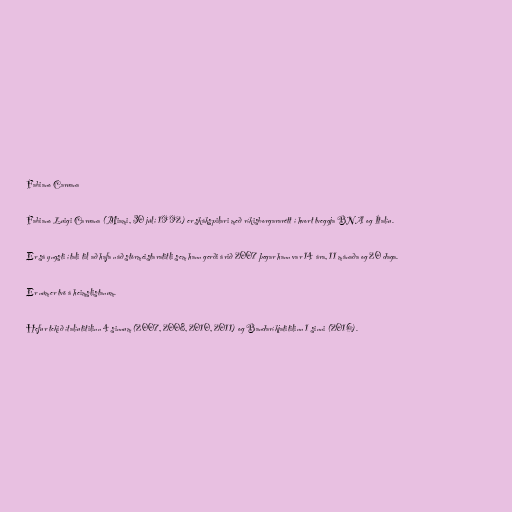
Fabiano Caruana

Fabiano Luigi Caruana (Miami, 30 júlí 1992) er skákspilari með ríkisborgararétt í hvort tveggja BNA og Ítalíu.

Er sá yngsti ítali til að hafa náð stórmeistaratitli sem hann gerði árið 2007 þegar hann var 14 ára, 11 mánaða og 20 daga.

Er númer tvö á heimslistanum.

Hefur tekið ítalíutitilinn 4 sinnum (2007, 2008, 2010, 2011) og Bandaríkjatitilinn 1 sinni (2016).